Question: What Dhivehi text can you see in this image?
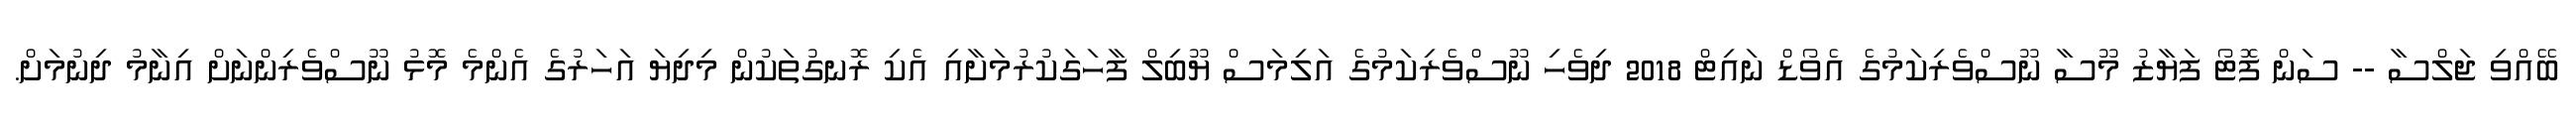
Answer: ބޭއްވި ޖަލްސާ -- ސަން ފޮޓޯ ފަޔާޒު މޫސާ ނޫސްވެރިކަމުގެ އެވޯޑް ނައިޓް 2018 ދިވެހި ނޫސްވެރިކަމުގެ އަލިމަސް ޔޫބިލް ފާހަގަކުރުމަށާއި އެކި ރޮނގުތަކުން މިދިޔަ އަހަރުގެ އެންމެ މޮޅު ނޫސްވެރިންނަށް އިނާމު ދިނުމަށް.